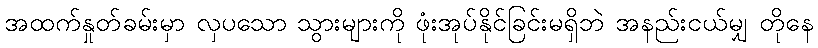
အထက်နှုတ်ခမ်းမှာ လှပသော သွားများကို ဖုံးအုပ်နိုင်ခြင်းမရှိဘဲ အနည်းငယ်မျှ တိုနေ